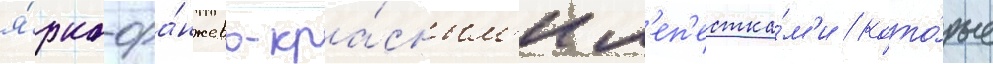
я́рко-ора́нжево-кра́сным'и л'еп'естка́м'и / кото́рые